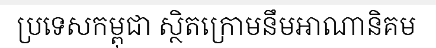
ប្រទេសកម្ពុជា ស្ថិតក្រោមនឹមអាណានិគម